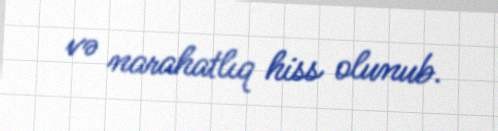
və narahatlıq hiss olunub.